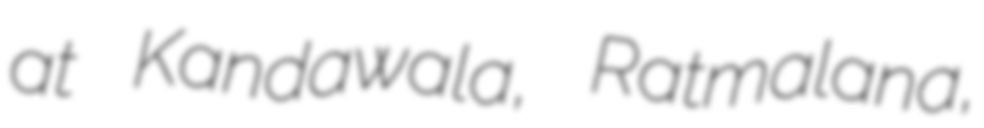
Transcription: at Kandawala, Ratmalana,